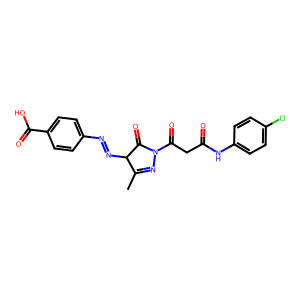
SMILES: CC1=NN(C(=O)CC(=O)Nc2ccc(Cl)cc2)C(=O)C1N=Nc1ccc(C(=O)O)cc1
Inhibits HIV replication: No